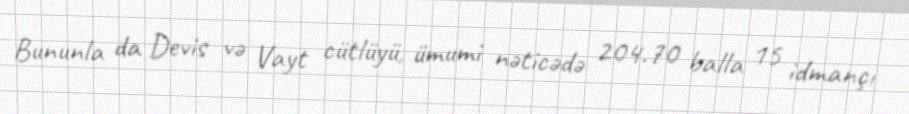
Bununla da Devis və Vayt cütlüyü, ümumi nəticədə 204.70 balla 15 idmançı